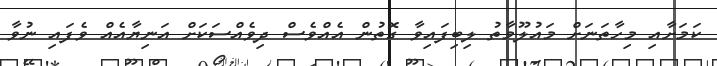
ކަމަށާއި މިހާތަނަށް މައުލޫމާތު ލިބިފައިވާ ގޮތުން އެއްވެސް ދިވެއްސަކަށް އަނިޔާއެއް ވެފައި ނުވާ